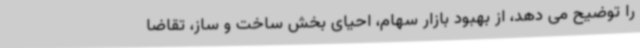
را توضیح می دهد، از بهبود بازار سهام، احیای بخش ساخت و ساز، تقاضا